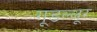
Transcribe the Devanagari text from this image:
गूडल्लूर